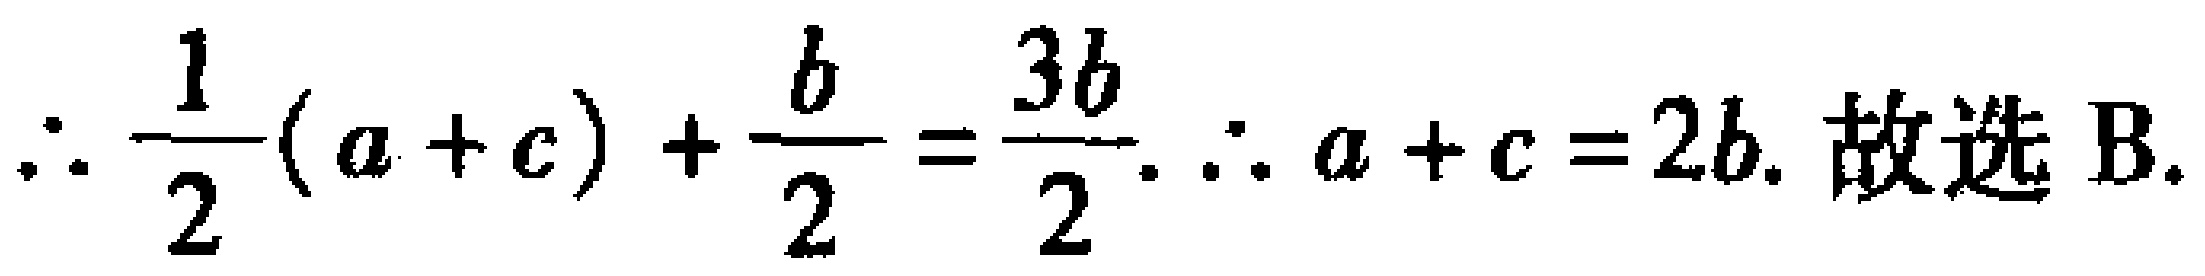
\(\therefore \frac{1}{2}(a + c)+\frac{b}{2}=\frac{3b}{2}.\therefore a + c = 2b.\) 故选 B.